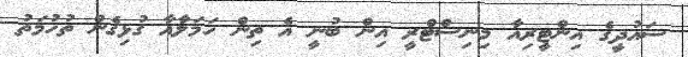
ސައުދީގެ އިންޓީރިއާ މިނިސްޓްރީ އިން ބުނީ އެ ތިން ހަމަލާއާ ގުޅިގެން ތުހުމަތު